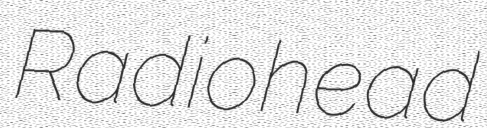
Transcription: Radiohead